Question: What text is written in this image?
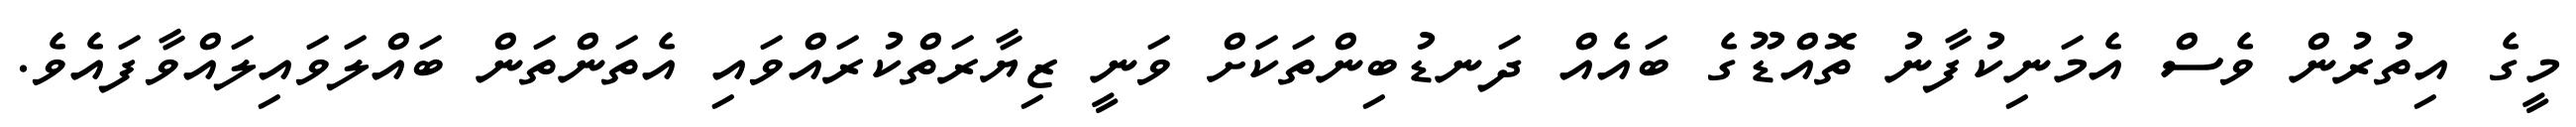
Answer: މީގެ އިތުރުން ވެސް އެމަނިކުފާނު ތޮއްޑޫގެ ބައެއް ދަނޑުބިންތަކަށް ވަނީ ޒިޔާރަތްކުރައްވައި އެތަންތަން ބައްލަވައިލައްވާފައެވެ.